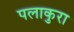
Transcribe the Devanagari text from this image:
पलाकुरा